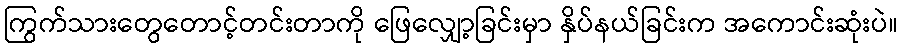
ကြွက်သားတွေတောင့်တင်းတာကို ဖြေလျှော့ခြင်းမှာ နှိပ်နယ်ခြင်းက အကောင်းဆုံးပဲ။